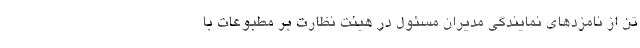
تن از نامزدهای نمایندگی مدیران مسئول در هیئت نظارت بر مطبوعات با